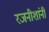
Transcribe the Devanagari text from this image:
रजनीशांनी